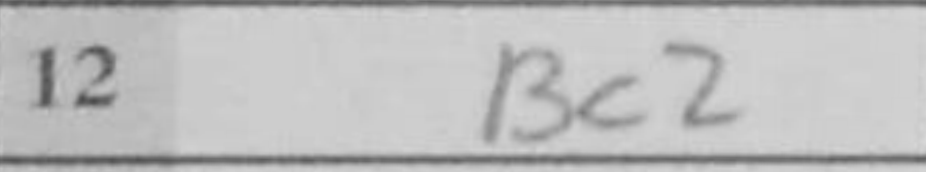
Transcription: Bc2